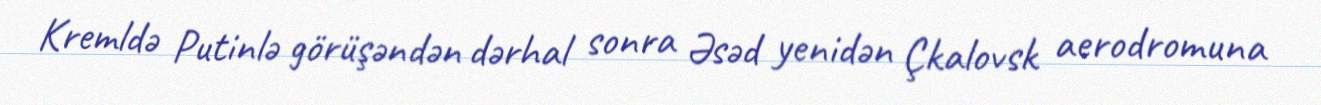
Kremldə Putinlə görüşəndən dərhal sonra Əsəd yenidən Çkalovsk aerodromuna